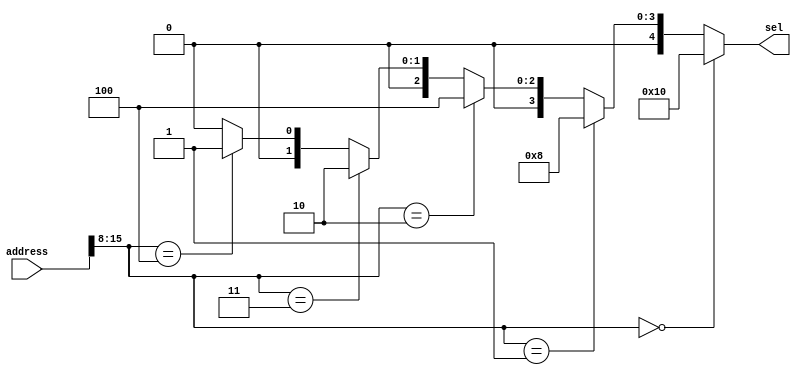
module bus_addressdecoder(address, sel);
	input[15:0] address;
	output reg[4:0] sel;
	
	wire[7:0] upper_8bit = address[15:8];
	
	always @ (upper_8bit)
		begin
			if(upper_8bit == 3'b0000_0000)
				sel = 5'b10000; //when s0 is selected
			else if(upper_8bit == 3'b0000_0001)
				sel = 5'b01000; //when s1 is selected
			else if(upper_8bit == 3'b0000_0010)
				sel = 5'b00100; //when s2 is selected
			else if(upper_8bit == 3'b0000_0011)
				sel = 5'b00010; //when s3 is selected
			else if(upper_8bit == 3'b0000_0100)
				sel = 5'b00001; //when s4 is selected
			else
				sel = 5'b00000; //when no slave is selected (wrong slave address)
		end 
				
	//memory map
	//s0 = 0000 0000 0000 0000 ~ 0000 0000 0001 1111
	//s1 = 0000 0001 0000 0000 ~ 0000 0001 0001 1111
	//s2 = 0000 0010 0000 0000 ~ 0000 0010 0011 1111
	//s3 = 0000 0011 0000 0000 ~ 0000 0011 0011 1111
	//s4 = 0000 0100 0000 0000 ~ 0000 0100 0011 1111
endmodule